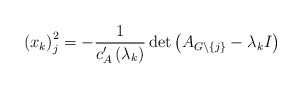
\begin{align*}\left( x_{k}\right) _{j}^{2}=-\frac{1}{c_{A}^{\prime}\left( \lambda_{k}\right) }\det\left( A_{G\backslash\left\{ j\right\} }-\lambda_{k}I\right) \end{align*}